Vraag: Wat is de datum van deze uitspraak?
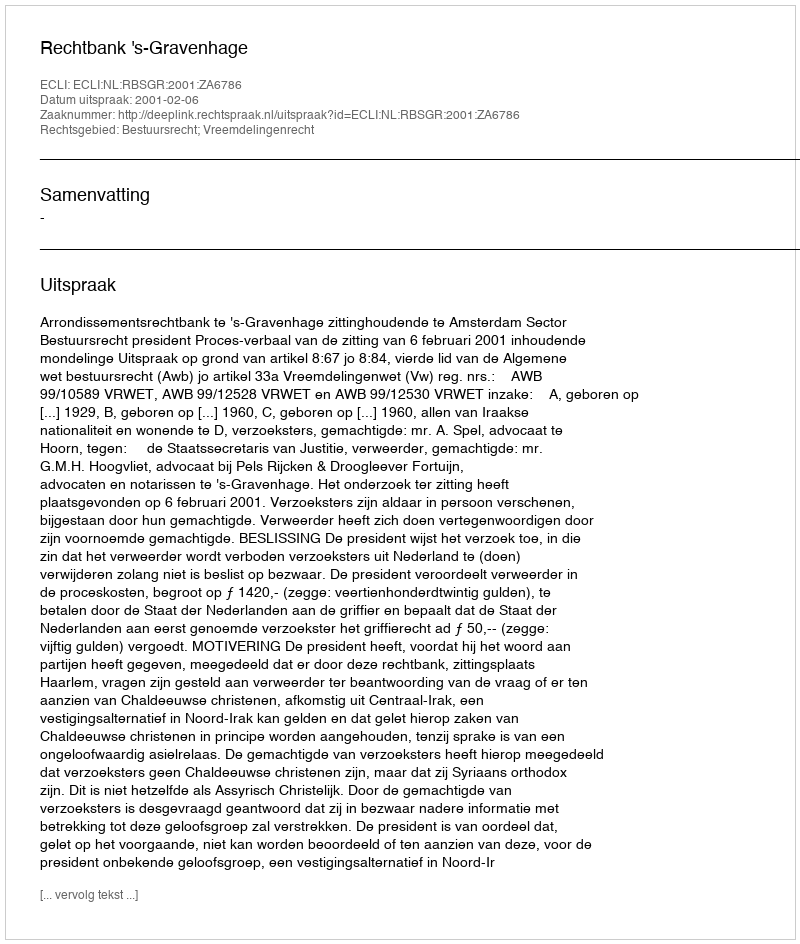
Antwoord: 2001-02-06